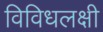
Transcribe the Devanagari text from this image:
विविधलक्षी